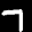
Label: 7